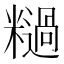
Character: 𫃓